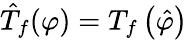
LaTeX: {\hat{T}}_{f}(\varphi)=T_{f}\left({\hat{\varphi}}\right)